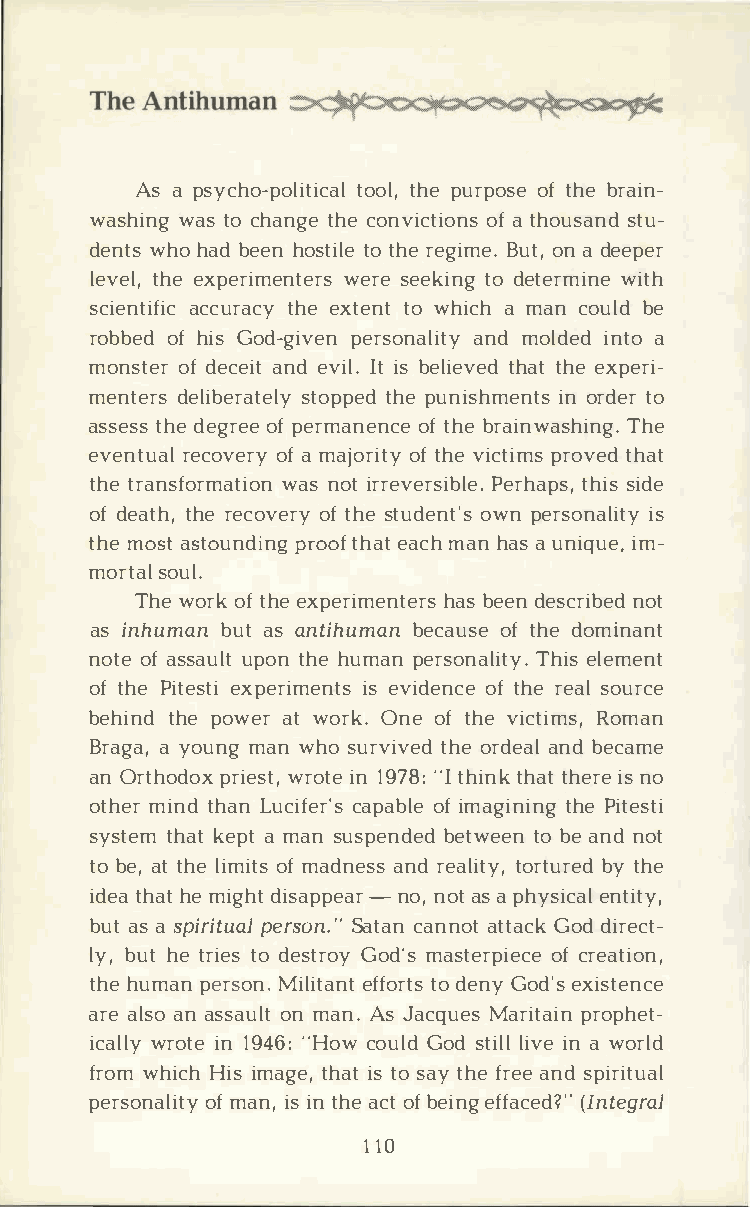
Asa p sycho-ptoolotilht,pei u craploo fst eh ber ain­
 washiwnagst oc hantghece o nvicotfait ohnosu ssatnud­
 denwthsoh abde ehno sttiotl here e giBmueto.,n a d eeper
 levtehlee,x perimweenrtseee resk tiond ge terwmiitnhe
 scienatcicfuircta hceeyx tetnowt h icahm anc oubled
 robboefhd i Gso d-gipveerns onaanldmi otlyd iendt ao
 monstoefdr e ceaintde viIlti. sb elietvheatdth e ex peri­
 mentedresl ibesrtaotpetplheyped u nishmienon rtdste or
 assetshdsee groefpe e rmanoeftn hcbeer ainwaTshhei ng.
 eventrueaclo voefarm ya joroiftt hvyei ctpirmosv ed that
 thter ansforwmaasnt oiitro rne vePresrihbalpess.,i det his
 ofd eatthhr,ee covoeftr hyse t udeonwtnp' esr soniasl ity
 thmeo sats tounpdrionogf tmhaanth aaesu a ncihq iume­,
 mortsaolu l.
 Thweo rokft heex perimheanbste eedrnes s crniobte d
 asi nhumbaunat s a ntihubmeacna oufst eh deo minant
 notoefa ssauuplottn h heu mapne rsonTahlieislt eym.e nt
 oft hPei teesxtpie rimiesen vtisd eonftc here e aslo urce
 behitnhdpe o weartw orkO.n eo ft hvei ctiRmosm,a n
 Bragaay ,o unmga nw hos urvitvheoedr deaanlbd e came
 anO rthopdroixew srtoi,tn e1 97"8It: h itnhkat th eirnseo
 othmeirn tdh aLnu cifcearp'aosbf il mea gitnhiPeni gt esti
 systtehmak te patm ans uspenbdeetdw eteobn ea nndo t
 tob ea,tt hlei moifmt asd neasnsrd e altiotryt,bu yrt ehde
 idetah ahtem igdhits ap-pneoan,ro atsa p hyseinctailt y,
 buats a s piripteurasloS na.t"ca ann naottt aGcokdd irect­
 lyb,u hte t riteods e stGroodym' ass teropfci reecaet ion,
 thheu mapenrs on.M ilietfafnottro dt esnG yo de'xsi stence
 arael saona ssaounml atn A.s J acqMuaersi tparionp het­
 icawlrloy_t ie1n 9 4"6H:o cwo uGlodds tliilvlien a w orld
 frowmh icHhii sm agteh,ai tst os atyh fer eaen sdp iritual
 personoafml ainit,isy n t haec otfb eienfgf ac(eIdn?t"e gral
 110